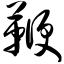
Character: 鞭